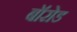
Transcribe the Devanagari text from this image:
बॉरोड